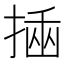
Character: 𢰔